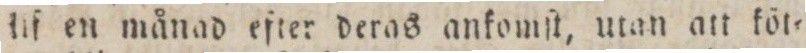
lif en månad efter deras ankomſt, utan att köl=